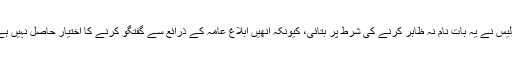
پولیس نے یہ بات نام نہ ظاہر کرنے کی شرط پر بتائی، کیونکہ اُنھیں ابلاغ عامہ کے ذرائع سے گفتگو کرنے کا اختیار حاصل نہیں ہے۔